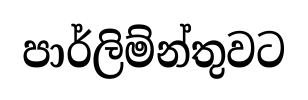
පාර්ලිම්න්තුවට